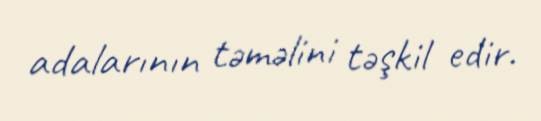
adalarının təməlini təşkil edir.